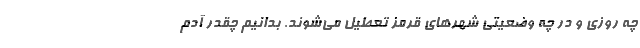
چه روزی و در چه وضعیتی شهرهای قرمز تعطیل می‌شوند. بدانیم چقدر آدم